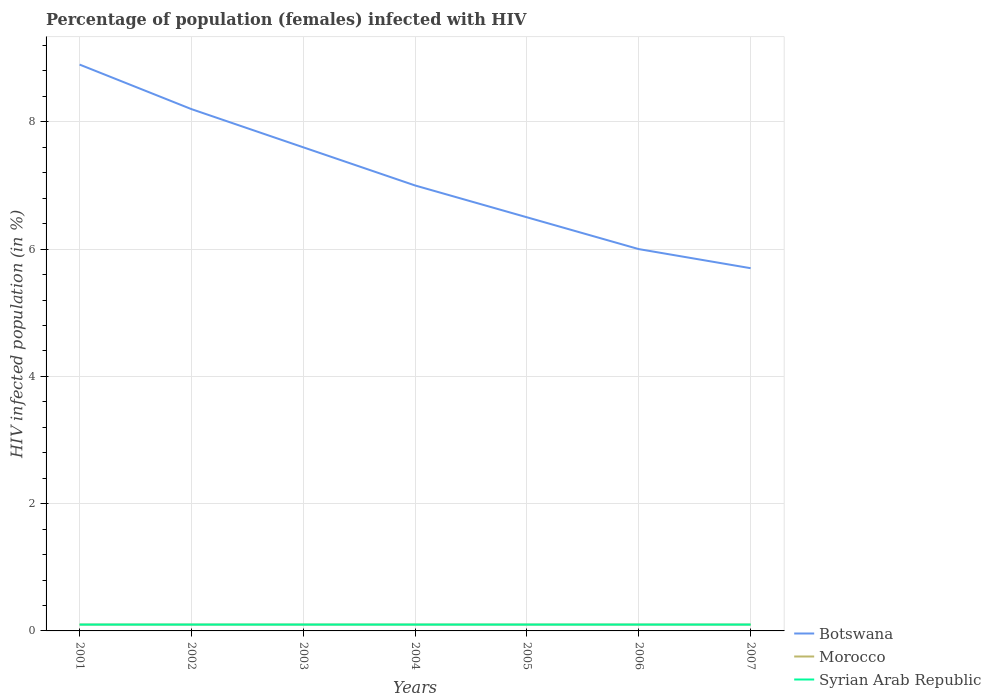
| Years | Botswana | Morocco | Syrian Arab Republic |
 | --- | --- | --- | --- |
 | 2001 | 8.9 | 0.1 | 0.1 |
 | 2002 | 8.2 | 0.1 | 0.1 |
 | 2003 | 7.6 | 0.1 | 0.1 |
 | 2004 | 7 | 0.1 | 0.1 |
 | 2005 | 6.5 | 0.1 | 0.1 |
 | 2006 | 6 | 0.1 | 0.1 |
 | 2007 | 5.7 | 0.1 | 0.1 |